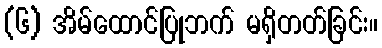
(၆) အိမ်ထောင်ပြုဘက် မရှိတတ်ခြင်း။